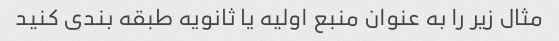
مثال زیر را به عنوان منبع اولیه یا ثانویه طبقه بندی کنید